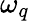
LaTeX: \omega_{q}